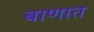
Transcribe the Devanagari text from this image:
बाणात